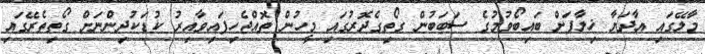
މާލޭގައި އާދަޔާ ޚިލާފަށް ބައިބޯވުމުގެ ސަބަބުން ގޯތިގެދޮރުގައި މީހުން ތޮއްޖެހިފައިވާއިރު ކުޑަކުދިންނަށް ގޯތިތެރޭގައި